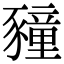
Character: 䝑